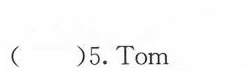
( )5.Tom